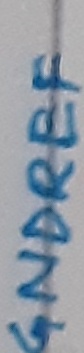
Text: GNDREF